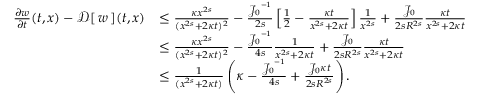
\begin{array} { r l } { \frac { \partial w } { \partial t } ( t , x ) - { \mathcal { D } } [ \, { w } \, ] ( t , x ) } & { \le \frac { \kappa x ^ { 2 s } } { ( x ^ { 2 s } + 2 \kappa t ) ^ { 2 } } - \frac { { { \mathcal { J } } _ { 0 } } ^ { - 1 } } { 2 s } \left[ \frac { 1 } { 2 } - \frac { \kappa t } { x ^ { 2 s } + 2 \kappa t } \right] \frac { 1 } { x ^ { 2 s } } + \frac { { \mathcal { J } } _ { 0 } } { 2 s R ^ { 2 s } } \frac { \kappa t } { x ^ { 2 s } + 2 \kappa t } } \\ & { \le \frac { \kappa x ^ { 2 s } } { ( x ^ { 2 s } + 2 \kappa t ) ^ { 2 } } - \frac { { { \mathcal { J } } _ { 0 } } ^ { - 1 } } { 4 s } \frac { 1 } { x ^ { 2 s } + 2 \kappa t } + \frac { { \mathcal { J } } _ { 0 } } { 2 s R ^ { 2 s } } \frac { \kappa t } { x ^ { 2 s } + 2 \kappa t } } \\ & { \le \frac { 1 } { ( x ^ { 2 s } + 2 \kappa t ) } \left( \kappa - \frac { { { \mathcal { J } } _ { 0 } } ^ { - 1 } } { 4 s } + \frac { { \mathcal { J } } _ { 0 } \kappa t } { 2 s R ^ { 2 s } } \right) . } \end{array}